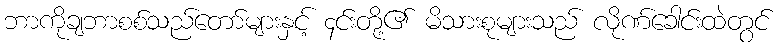
ဘာကိုချဘာစစ်သည်တော်များနှင့် ၄င်းတို့၏ မိသားစုများသည် လိုဏ်ခေါင်းထဲတွင်